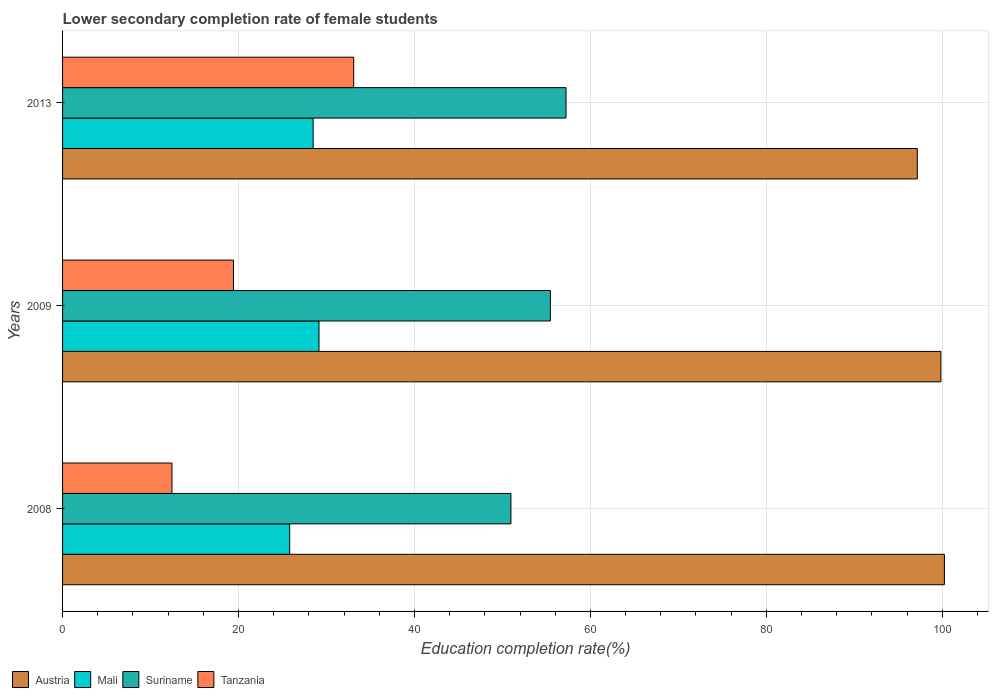
| Years | Austria | Mali | Suriname | Tanzania |
 | --- | --- | --- | --- | --- |
 | 2008 | 100 | 25.8 | 51 | 12.4 |
 | 2009 | 99.8 | 29.1 | 55.5 | 19.4 |
 | 2013 | 97.2 | 28.5 | 57.2 | 33.1 |